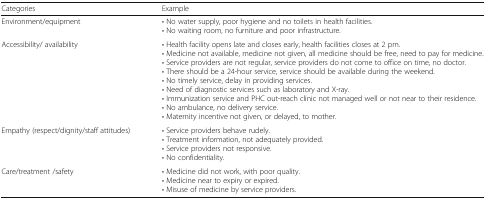
| Categories | Example |
 | --- | --- |
 | Environment/equipment | • No water supply, poor hygiene and no toilets in health facilities.• No waiting room, no furniture and poor infrastructure. |
 | Accessibility/ availability | • Health facility opens late and closes early, health facilities closes at 2 pm.• Medicine not available, medicine not given, all medicine should be free, need to pay for medicine.• Service providers are not regular, service providers do not come to office on time, no doctor.• There should be a 24-hour service, service should be available during the weekend.• No timely service, delay in providing services.• Need of diagnostic services such as laboratory and X-ray.• Immunization service and PHC out-reach clinic not managed well or not near to their residence.• No ambulance, no delivery service.• Maternity incentive not given, or delayed, to mother. |
 | Empathy (respect/dignity/staff attitudes) | • Service providers behave rudely.• Treatment information, not adequately provided.• Service providers not responsive.• No confidentiality. |
 | Care/treatment /safety | • Medicine did not work, with poor quality.• Medicine near to expiry or expired.• Misuse of medicine by service providers. |